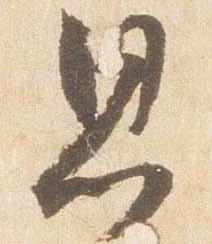
思